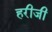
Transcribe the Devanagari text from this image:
हरीजी